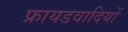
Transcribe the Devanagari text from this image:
फ्रायडवादियों